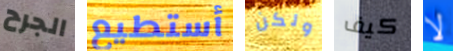
الجرح أستطيع ولكن كيف لا